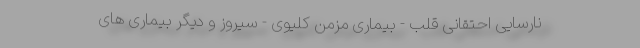
نارسایی احتقانی قلب - بیماری مزمن کلیوی - سیروز و دیگر بیماری های